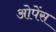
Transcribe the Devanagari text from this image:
ओपेंस